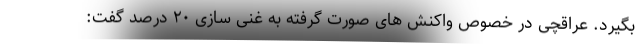
بگیرد. عراقچی در خصوص واکنش های صورت گرفته به غنی سازی ۲۰ درصد گفت: